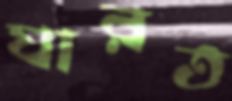
ঘারত